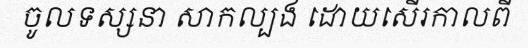
ចូលទស្សនា សាកល្បង ដោយសើរកាលពី